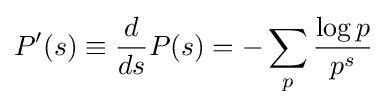
P'(s)\equiv {\frac {d}{ds}}P(s)=-\sum _{p}{\frac {\log p}{p^{s}}}